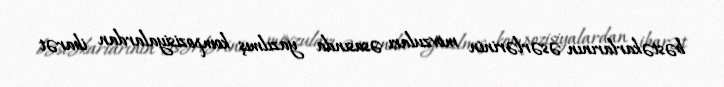
bəstəkarlarının əsərlərinin mövzuları əsasında yazılmış kompozisiyalardan ibarət